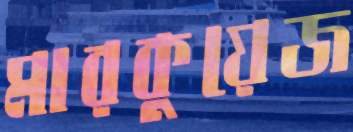
মারকুয়েজ